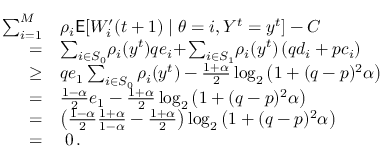
\begin{array} { r l } { \sum _ { i = 1 } ^ { M } } & { \rho _ { i } \mathsf { E } [ W _ { i } ^ { \prime } ( t + 1 ) \mid \theta = i , Y ^ { t } = y ^ { t } ] - C } \\ { = } & { \sum _ { i \in S _ { 0 } } \! \rho _ { i } ( y ^ { t } ) q e _ { i } \! + \! \sum _ { i \in S _ { 1 } } \! \rho _ { i } ( y ^ { t } ) \left( q d _ { i } + p c _ { i } \right) } \\ { \ge } & { q e _ { 1 } \sum _ { i \in S _ { 0 } } \rho _ { i } ( y ^ { t } ) - \frac { 1 + \alpha } { 2 } \log _ { 2 } \left( 1 + ( q - p ) ^ { 2 } \alpha \right) } \\ { = } & { \frac { 1 - \alpha } { 2 } e _ { 1 } - \frac { 1 + \alpha } { 2 } \log _ { 2 } \left( 1 + ( q - p ) ^ { 2 } \alpha \right) } \\ { = } & { \left( \frac { 1 - \alpha } { 2 } \frac { 1 + \alpha } { 1 - \alpha } - \frac { 1 + \alpha } { 2 } \right) \log _ { 2 } \left( 1 + ( q - p ) ^ { 2 } \alpha \right) } \\ { = } & { \; 0 \, . } \end{array}